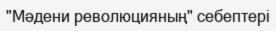
"Мәдени революцияның" себептері